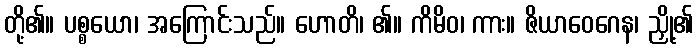
တို့၏။ ပစ္စယော၊ အကြောင်းသည်။ ဟောတိ၊ ၏။ ကိမိဝ၊ ကား။ ဇိယာဝေဂေန၊ ညှို့၏